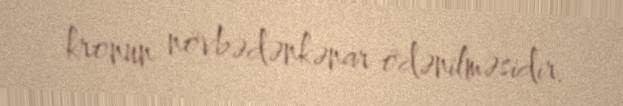
kronun növbədənkənar ödənilməsidir.